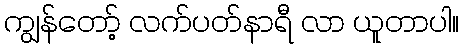
ကျွန်တော့် လက်ပတ်နာရီ လာ ယူတာပါ။